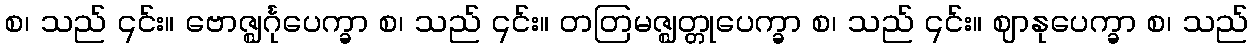
စ၊ သည် ၎င်း။ ဗောဇ္ဈင်္ဂုပေက္ခာ စ၊ သည် ၎င်း။ တတြမဇ္ဈတ္တုပေက္ခာ စ၊ သည် ၎င်း။ ဈာနုပေက္ခာ စ၊ သည်